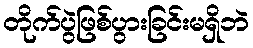
တိုက်ပွဲဖြစ်ပွားခြင်းမရှိဘဲ